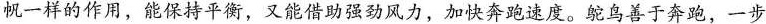
帆一样的作用，能保持平衡，又能借助强劲风力，加快奔跑速度。鸵鸟善于奔跑，一步